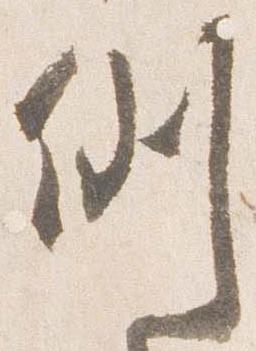
例